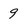
Character: 9